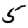
Digit: 5